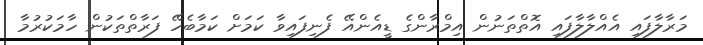
މަރާލާފައި އެއްލާލާފައި އޮތްތަނުން އިމްރާންގެ ޑީއެންއޭ ފެނިފައިވާ ކަމަށް ކަމާބެހޭ ފަރާތްތަކުން ހާމަކުރުމާ